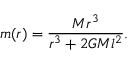
m ( r ) = \frac { M r ^ { 3 } } { r ^ { 3 } + 2 G M l ^ { 2 } } .